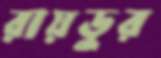
রায়ডুর